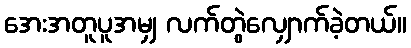
အေးအတူပူအမျှ လက်တွဲလျှောက်ခဲ့တယ်။